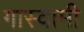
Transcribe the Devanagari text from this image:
गास्वामी